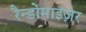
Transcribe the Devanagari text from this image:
रैन्डोमाइज़र